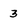
Character: 3